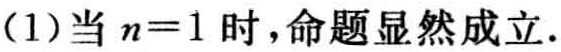
(1)当 \(n = 1\) 时，命题显然成立.